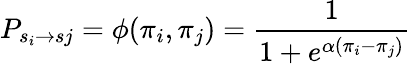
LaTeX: P_{s_{i}\rightarrow s{j}}=\phi(\pi_{i},\pi_{j})=\frac{1}{1+e^{\alpha\left(\pi_{i}-\pi_{j}\right)}}